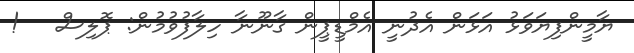
ޔާމީންފިޔަވަޅު އަޅަން އެދުނީ އެމްޑީޕީން ގާނޫނާ ހިލާފުވުމުން: ޕޮލިސް   !